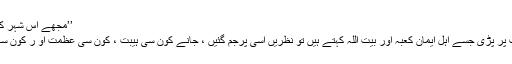
’’مجھے اس شہر کی قسم ، جن میں اے میرے محبوب تو خرام ناز کرتا ہے ‘‘
مسجد الحرام میں داخل ہوا تو جب نظر اس کیوب نما عمارت پر پڑی جسے اہل ایمان کعبہ اور بیت اللہ کہتے ہیں تو نظریں اسی پرجم گئیں ، جانے کون سی ہیبت ، کون سی عظمت او ر کون ساجلال تھا اس عمارت میں کہ نگاہ اس سے ہٹتی نہیں تھے ۔